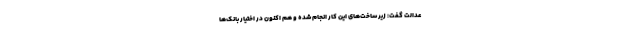
عدالت گفت: زیر ساخت‌های این کار انجام شده و هم اکنون در اختیار بانک‌ها